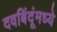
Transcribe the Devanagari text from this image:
दवबिंदूंमध्ये